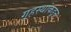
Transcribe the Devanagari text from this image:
गृहस्थांकडून